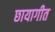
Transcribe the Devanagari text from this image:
छायागीत